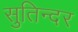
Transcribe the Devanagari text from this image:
सुतिन्दर